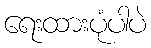
ရေးထားပုံပါပဲ